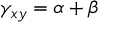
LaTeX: \gamma _ { x y } = \alpha + \beta \,